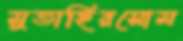
মুতাহিরসোম